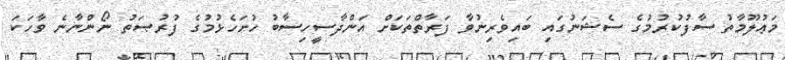
މަޢުލޫމާތު ސާފުކުރުމުގެ ސެޝަނުގައި ބައިވެރިނުވާ ފަރާތްތަކަށް އަންދާސީހިސާބު ހުށަހެޅުމުގެ ފުރުޞަތު ނޯންނާނެ ވާހަކަ